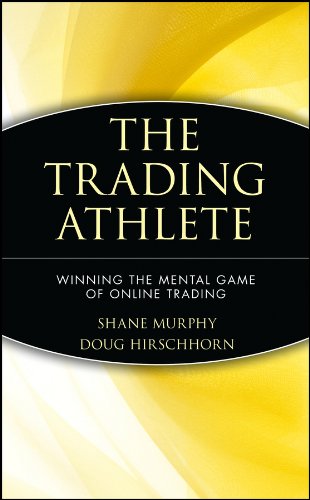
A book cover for The Trading Athlete: Winning the Mental Game of Online Trading; Shane Murphy; Business & Money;